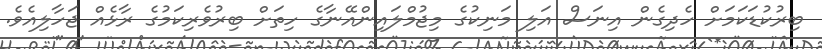
ބިރުކުޑަކަމަށް ހެދިގެން އިނަސް އަލި މަނިކުގެ މިޖުމްލައިންއޭނާގެ ހިތަށް ބިރުވެރިކަމުގެ ރާޅެއް ޖަހާލިއެވެ.